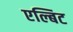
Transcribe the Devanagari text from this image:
एल्बिट